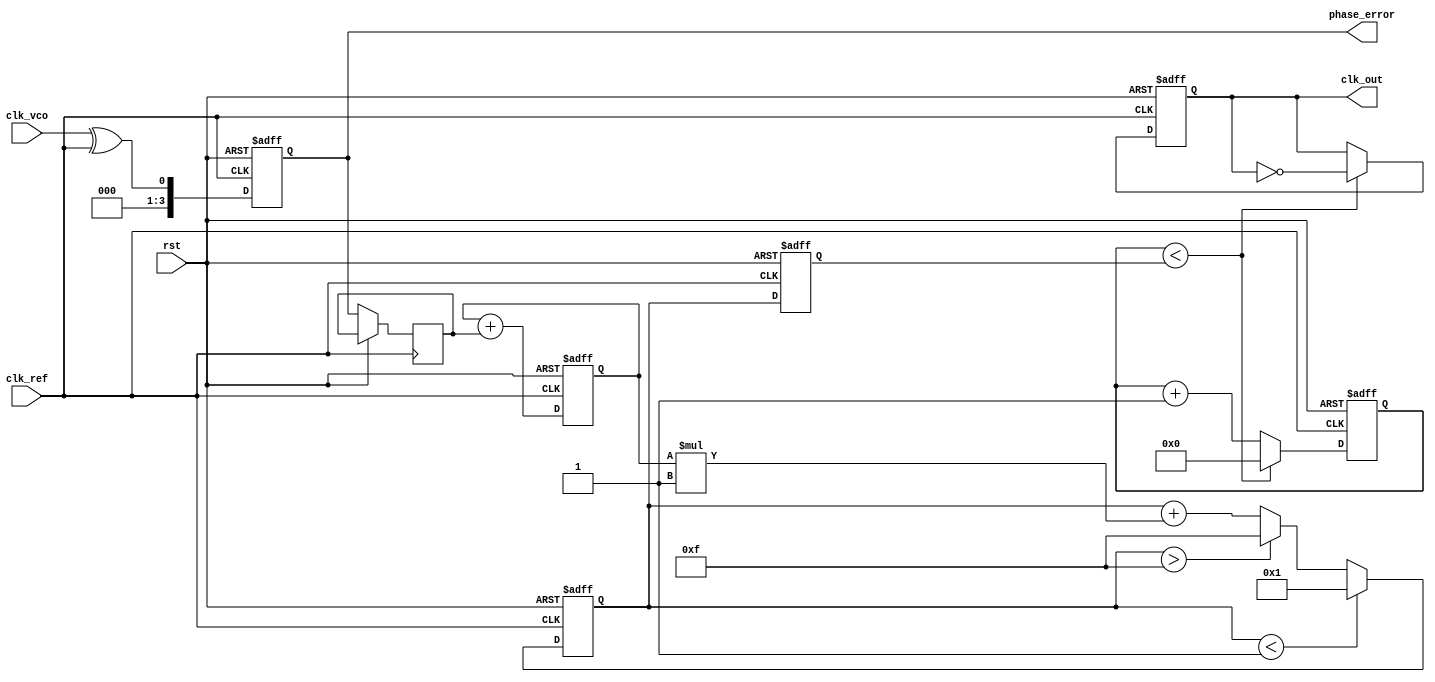
module adpll (
    input wire clk_ref,           // Reference Clock
    input wire rst,               // Reset
    input wire clk_vco,           // VCO Clock output
    output reg clk_out,           // Output Clock
    output reg [3:0] phase_error  // Phase Error indicator
);

// Parameters
parameter BIT_WIDTH       = 4;   // Bit width for control signals
parameter FILTER_GAIN     = 2;   // Loop filter proportional gain
parameter FILTER_INT_GAIN = 1;   // Loop filter integral gain
parameter VCO_MAX        = 15;    // Define maximum VCO frequency
parameter VCO_MIN        = 1;     // Define minimum VCO frequency

// Internal Signals
reg [BIT_WIDTH-1:0] vco_freq;        // VCO frequency control
reg [BIT_WIDTH-1:0] phase_detector_out; // Phase Detector Output
reg [BIT_WIDTH-1:0] loop_filter_out;     // Loop Filter Output
reg [BIT_WIDTH-1:0] integral_term;        // Integral term of PI filter

// Feedback Divider
reg [3:0] feedback_divider = 0;      // Feedback frequency divider

// Phase Detector
always @(posedge clk_ref or posedge rst) begin
    if (rst) begin
        phase_error <= 0;
    end else begin
        phase_error <= {3'b0, clk_vco} ^ {3'b0, clk_ref}; // Simple XOR for phase detection
        phase_detector_out <= phase_error; // Assign phase difference to output
    end
end

// Loop Filter (PI)
always @(posedge clk_ref or posedge rst) begin
    if (rst) begin
        loop_filter_out <= 0;
        integral_term <= 0;
    end else begin
        // Proportional Control
        loop_filter_out <= phase_detector_out * FILTER_GAIN;

        // Integral Control
        integral_term <= integral_term + phase_detector_out;
        loop_filter_out <= loop_filter_out + (integral_term * FILTER_INT_GAIN);

        // Ensure the loop filter output is within range
        if (loop_filter_out < VCO_MIN) begin
            loop_filter_out <= VCO_MIN;
        end else if (loop_filter_out > VCO_MAX) begin
            loop_filter_out <= VCO_MAX;
        end
    end
end

// Voltage-Controlled Oscillator (VCO)
always @(posedge clk_ref or posedge rst) begin
    if (rst) begin
        vco_freq <= VCO_MIN; // Start with minimum frequency
    end else begin
        // Update VCO frequency based on the loop filter output
        vco_freq <= loop_filter_out;
    end
end

// Output clock generation
always @(posedge clk_ref or posedge rst) begin
    if (rst) begin
        clk_out <= 0;
        feedback_divider <= 0;
    end else begin
        // Generate output clock signal
        if (feedback_divider < vco_freq) begin
            clk_out <= ~clk_out;
            feedback_divider <= 0;
        end else begin
            feedback_divider <= feedback_divider + 1;
        end
    end
end

endmodule